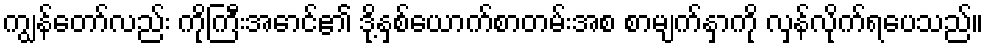
ကျွန်တော်လည်း ကိုကြီးအောင်၏ ဒို့နှစ်ယောက်စာတမ်းအစ စာမျက်နှာကို လှန်လိုက်ရပေသည်။